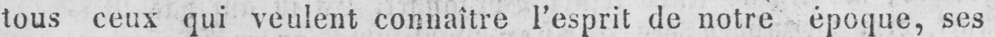
tous ceux qui veulent connaître l’esprit de notre époque, ses